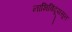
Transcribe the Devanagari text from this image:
नाभिबिंदूंपासून